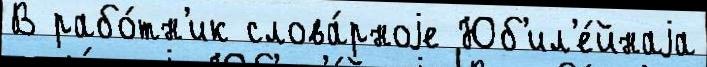
В рабо́тн'ик слова́рноjе Юб'ил'е́йнаjа